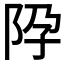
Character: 𨸳